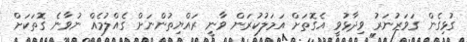
ގުޅިގެން ގަވަރުނަރު ވިދާޅުވީ އެގޮތަށް އަމަލުކުރަން ވާނީ ރައްޔިތުންނަށް ގެއްލުމެއް ނުވާނެ ގޮތަކަށް